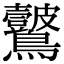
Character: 𪈞